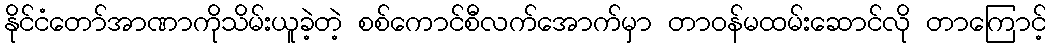
နိုင်ငံတော်အာဏာကိုသိမ်းယူခဲ့တဲ့ စစ်ကောင်စီလက်အောက်မှာ တာဝန်မထမ်းဆောင်လို တာကြောင့်